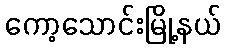
ကော့သောင်းမြို့နယ်